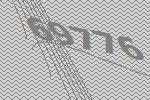
69776